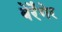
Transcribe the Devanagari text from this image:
बेर्रेंगेर